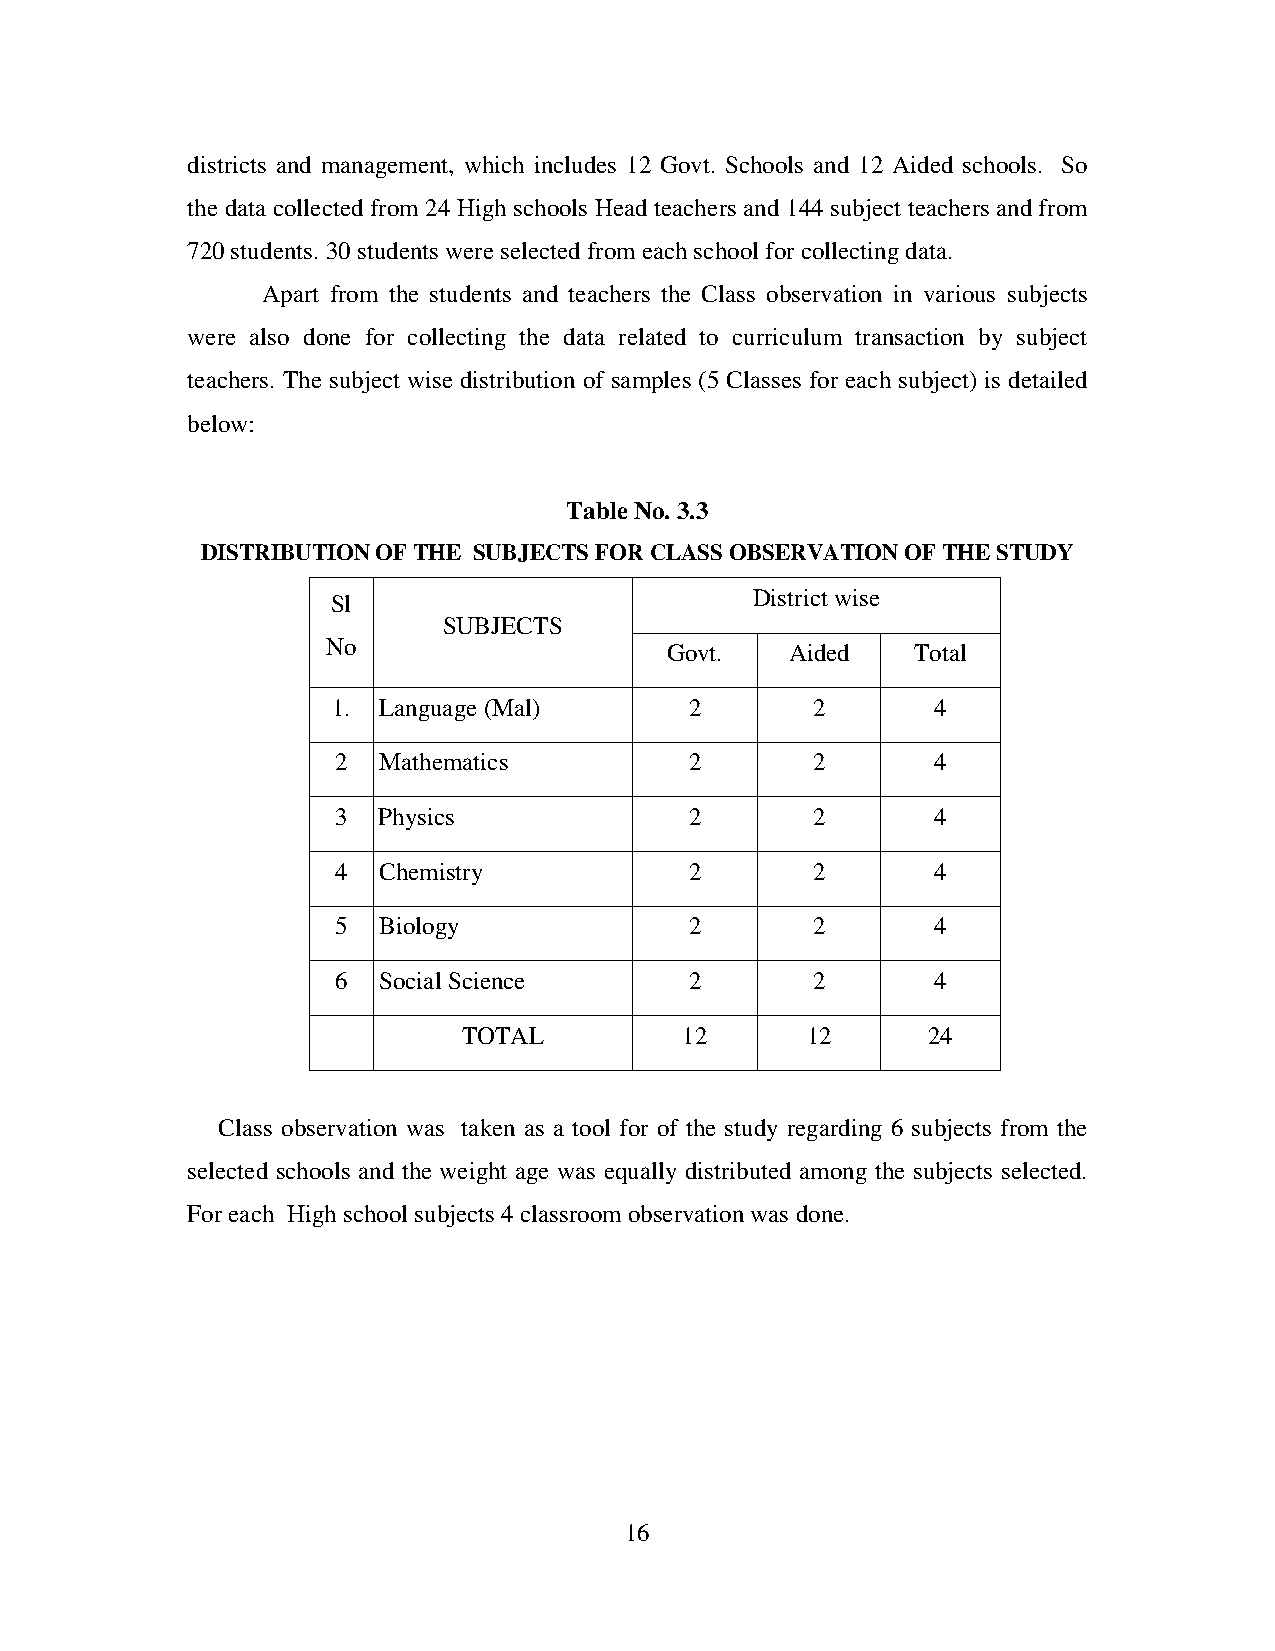
districts and management, which includes 12 Govt. Schools and 12 Aided schools. So
 the data collected from 24 High schools Head teachers and 144 subject teachers and from
 720 students. 30 students were selected from each school for collecting data.
 Apart from the students and teachers the Class observation in various subjects
 were also done for collecting the data related to curriculum transaction by subject
 teachers. The subject wise distribution of samples (5 Classes for each subject) is detailed
 below:
 Table No. 3.3
 DISTRIBUTION OF THE SUBJECTS FOR CLASS OBSERVATION OF THE STUDY
 Sl                          District wise
 SUBJECTS
 No                    Govt.   Aided    Total
 1. Language (Mal)       2       2       4
 2  Mathematics          2       2       4
 3  Physics              2       2       4
 4  Chemistry            2       2       4
 5  Biology              2       2       4
 6  Social Science       2       2       4
 TOTAL         12      12      24
 Class observation was taken as a tool for of the study regarding 6 subjects from the
 selected schools and the weight age was equally distributed among the subjects selected.
 For each High school subjects 4 classroom observation was done.
 16